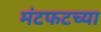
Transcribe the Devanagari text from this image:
मंटफटच्या